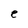
Character: e